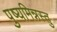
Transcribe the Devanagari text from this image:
पुष्यमिन्नस्तु